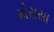
મોરાસા